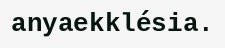
anyaekklésia.